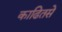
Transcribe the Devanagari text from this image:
काढितसे